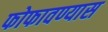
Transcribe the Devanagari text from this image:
फोफावण्यास